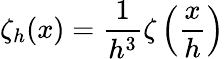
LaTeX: \zeta_{h}(x)=\frac{1}{h^{3}}\zeta\left(\frac{x}{h}\right)